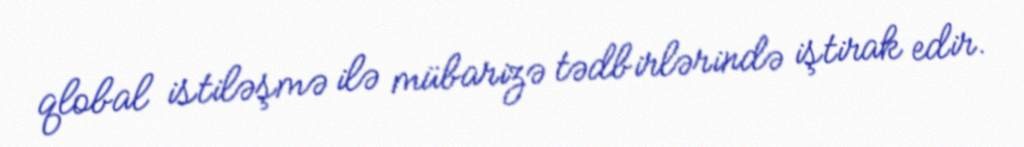
qlobal istiləşmə ilə mübarizə tədbirlərində iştirak edir.